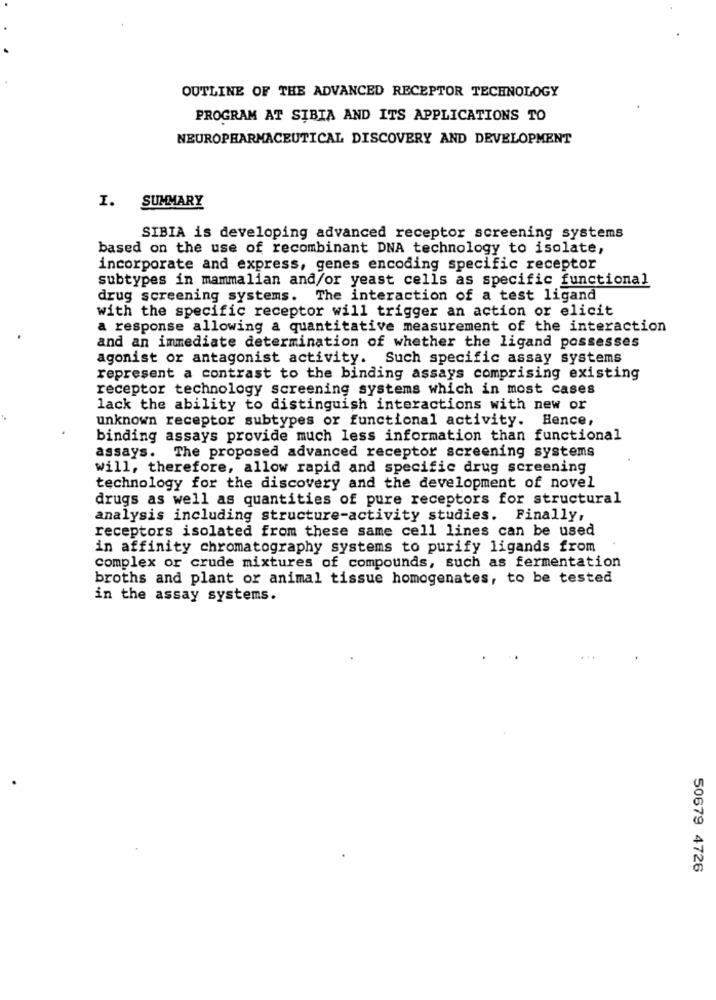
OUTLINE OF THE ADVANCED RECEPTOR TECHNOLOGY
PROGRAM AT SIBIA AND ITS APPLICATIONS TO
NEUROPHARMACEUTICAL DISCOVERY AND DEVELOPMENT
SUMMARY
I.
SIBIA is developing advanced receptor screening systems
based on the use of recombinant DNA technology to isolate,
incorporate and express, genes encoding specific receptor
subtypes in mammalian and/or yeast cells as specific functional
drug screening systems. The interaction of a test ligand
with the specific receptor will trigger an action or elicit
a response allowing a quantitative measurement of the interaction
and an immediate determination of whether the ligand possesses
agonist or antagonist activity. Such specific assay systems
represent a contrast to the binding assays comprising existing
receptor technology screening systems which in most cases
lack the ability to distinguish interactions with new or
unknown receptor subtypes or functional activity. Hence,
binding assays provide much less information than functional
assays. The proposed advanced receptor screening systems
will, therefore, allow rapid and specific drug screening
technology for the discovery and the development of novel
drugs as well as quantities of pure receptors for structural
analysis including structure-activity studies. Finally,
receptors isolated from these same cell lines can be used
in affinity chromatography systems to purify ligands from
complex or crude mixtures of compounds, such as fermentation
broths and plant or animal tissue homogenates, to be tested
in the assay systems.
50679 4726